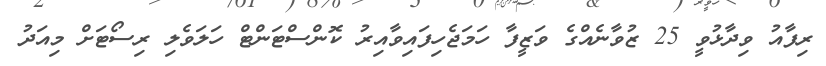
ރިފާއު ވިދާޅުވީ 25 ޒުވާނެއްގެ ވަޒީފާ ހަމަޖެހިފައިވާއިރު ކޮންސްޓަންޓް ހަލަވެލި ރިސޯޓަށް މިއަދު